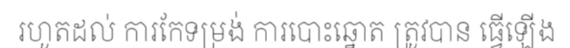
រហូតដល់ ការកែទម្រង់ ការបោះឆ្នោត ត្រូវបាន ធ្វើឡើង